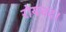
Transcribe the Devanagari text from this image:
रोयचंद।